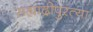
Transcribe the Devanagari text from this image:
सह्याद्रीपुरत्या